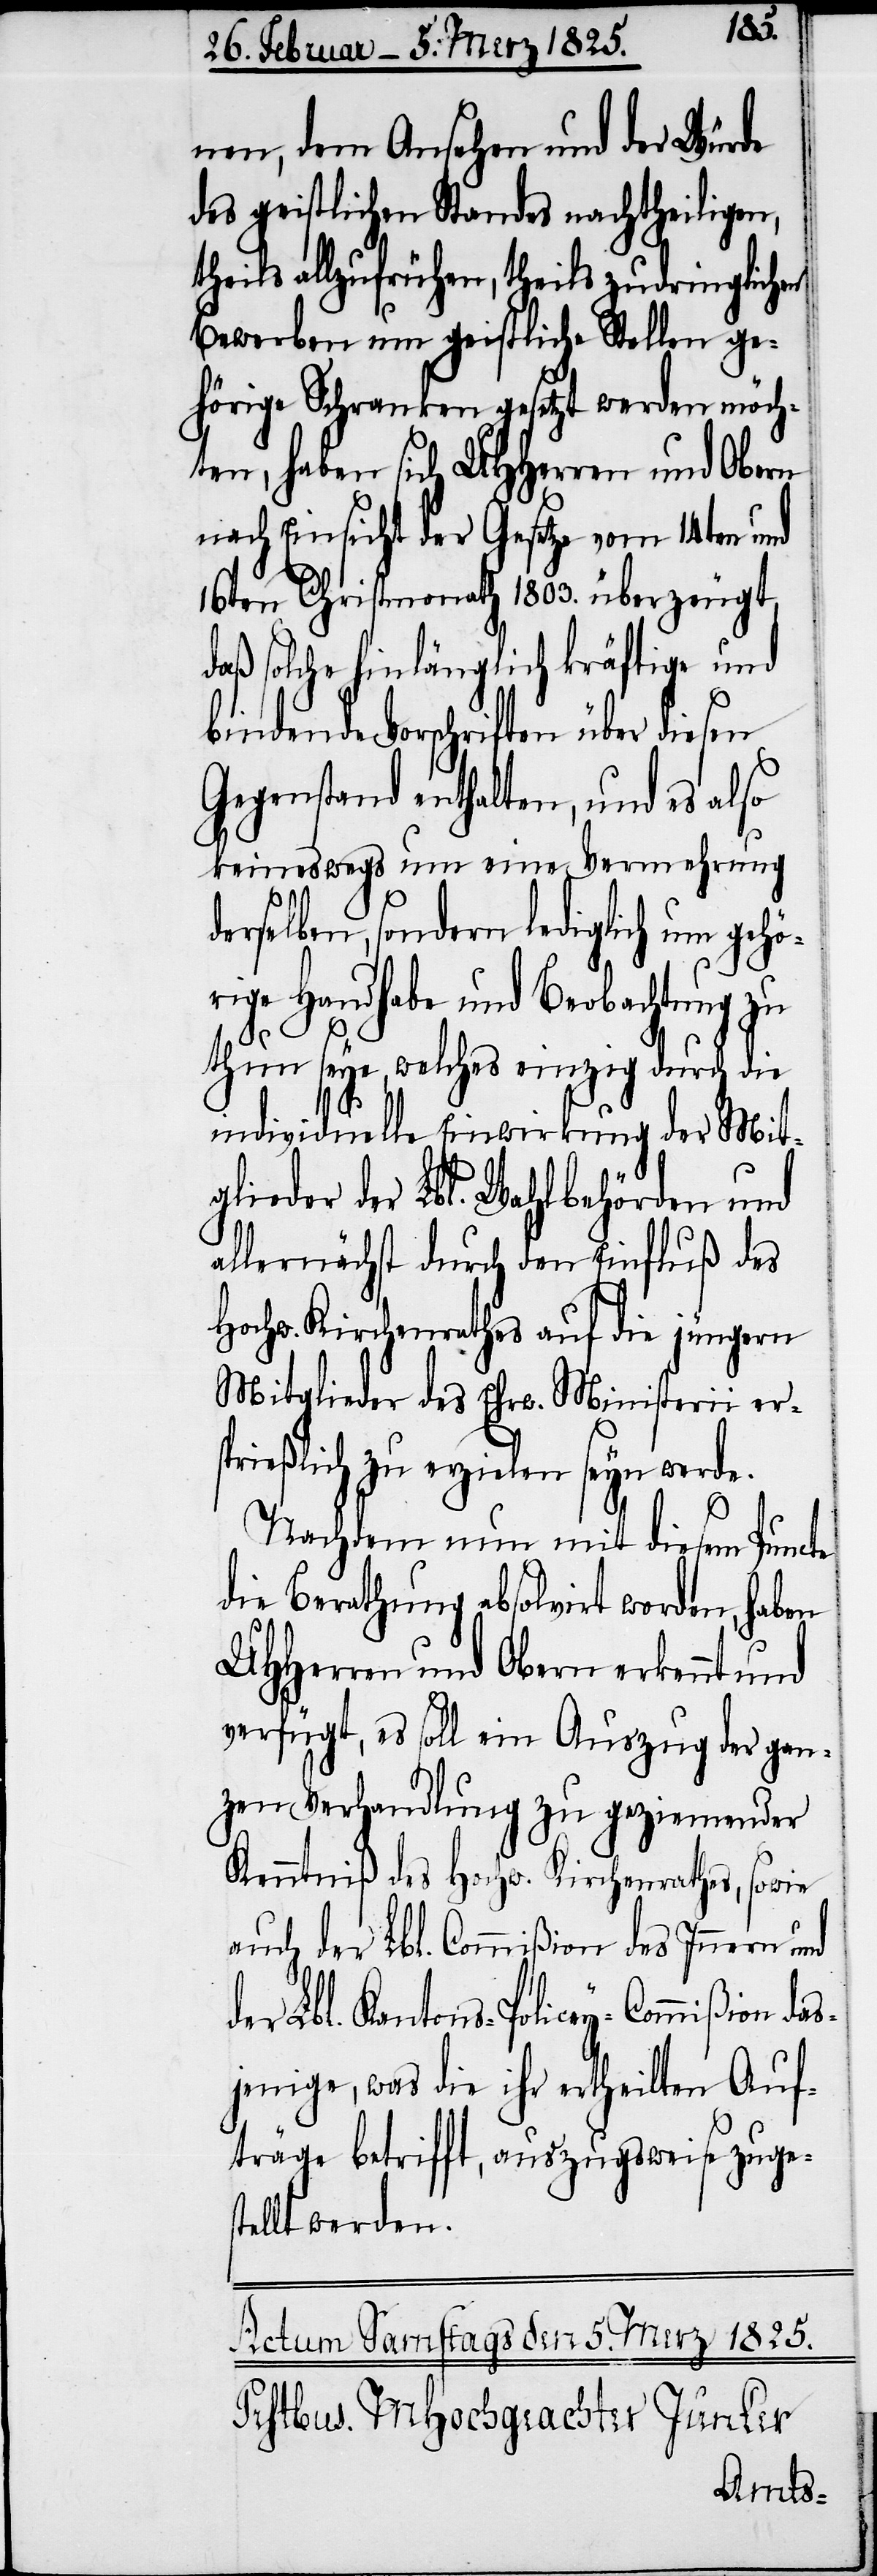
nen, dem Ansehen und der Würde
des geistlichen Standes nachtheiligen,
theils allzufrühen, theils zudringlichen
Bewerben um geistliche Stellen ge¬
hörige Schranken gesetzt werden möch¬
ten, haben sich UHHerren und Obern
nach Einsicht der Gesetze vom 14ten und
16ten Christmonath 1803. überzeugt,
daß solche hinlänglich kräftige und
bindende Vorschriften über diesen
Gegenstand enthalten, und es also
keineswegs um eine Vermehrung
derselben, sondern lediglich um gehö¬
rige Handhabe und Beobachtung zu
thun seye, welches einzig durch die
individuelle Einwirkung der Mit¬
glieder der Lbl. Wahlbehörden und
allernächst durch den Einfluß des
Hochw. Kirchenrathes auf die jüngern
Mitglieder des Ehrw. Ministerii ers¬
prießlich zu erzielen seyn werde.
Nachdem nun mit diesem Puncte
die Berathung absolvirt worden, haben
UHHerren und Obern erkennt und
verfügt, es soll ein Auszug der gan¬
zen Verhandlung zu geziemender
Kenntniß des Hochw. Kirchenrathes, sowie
auch der Lbl. Commißion des Innern und
der Lbl. Kantons-Policey-Commißion das¬
jenige, was die ihr ertheilten Auf¬
träge betrifft, auszugsweise zuge¬
stellt werden.